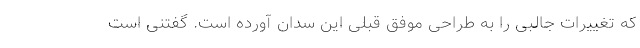
که تغییرات جالبی را به طراحی موفق قبلی این سدان آورده است. گفتنی است